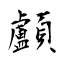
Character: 顱